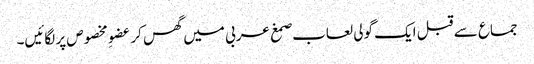
جماع سے قبل ایک گولی لعاب صمغ عربی میں گھس کر عضوِ مخصوص پر لگائیں۔